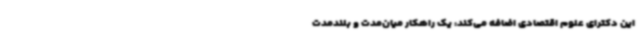
این دکترای علوم اقتصادی اضافه می‌کند: یک راهکار میان‌مدت و بلندمدت